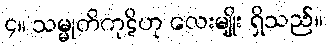
၄။ သမ္မုတိကုဋိဟု လေးမျိုး ရှိသည်။